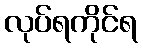
လုပ်ရကိုင်ရ